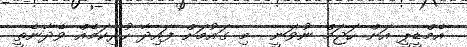
އެމްޑީޕީ އަށް ހަޖަމް ނުވަނީ  މި ގައުމަށް ފައިދާ ހުރިކަމެއް ވެދާނެތީ